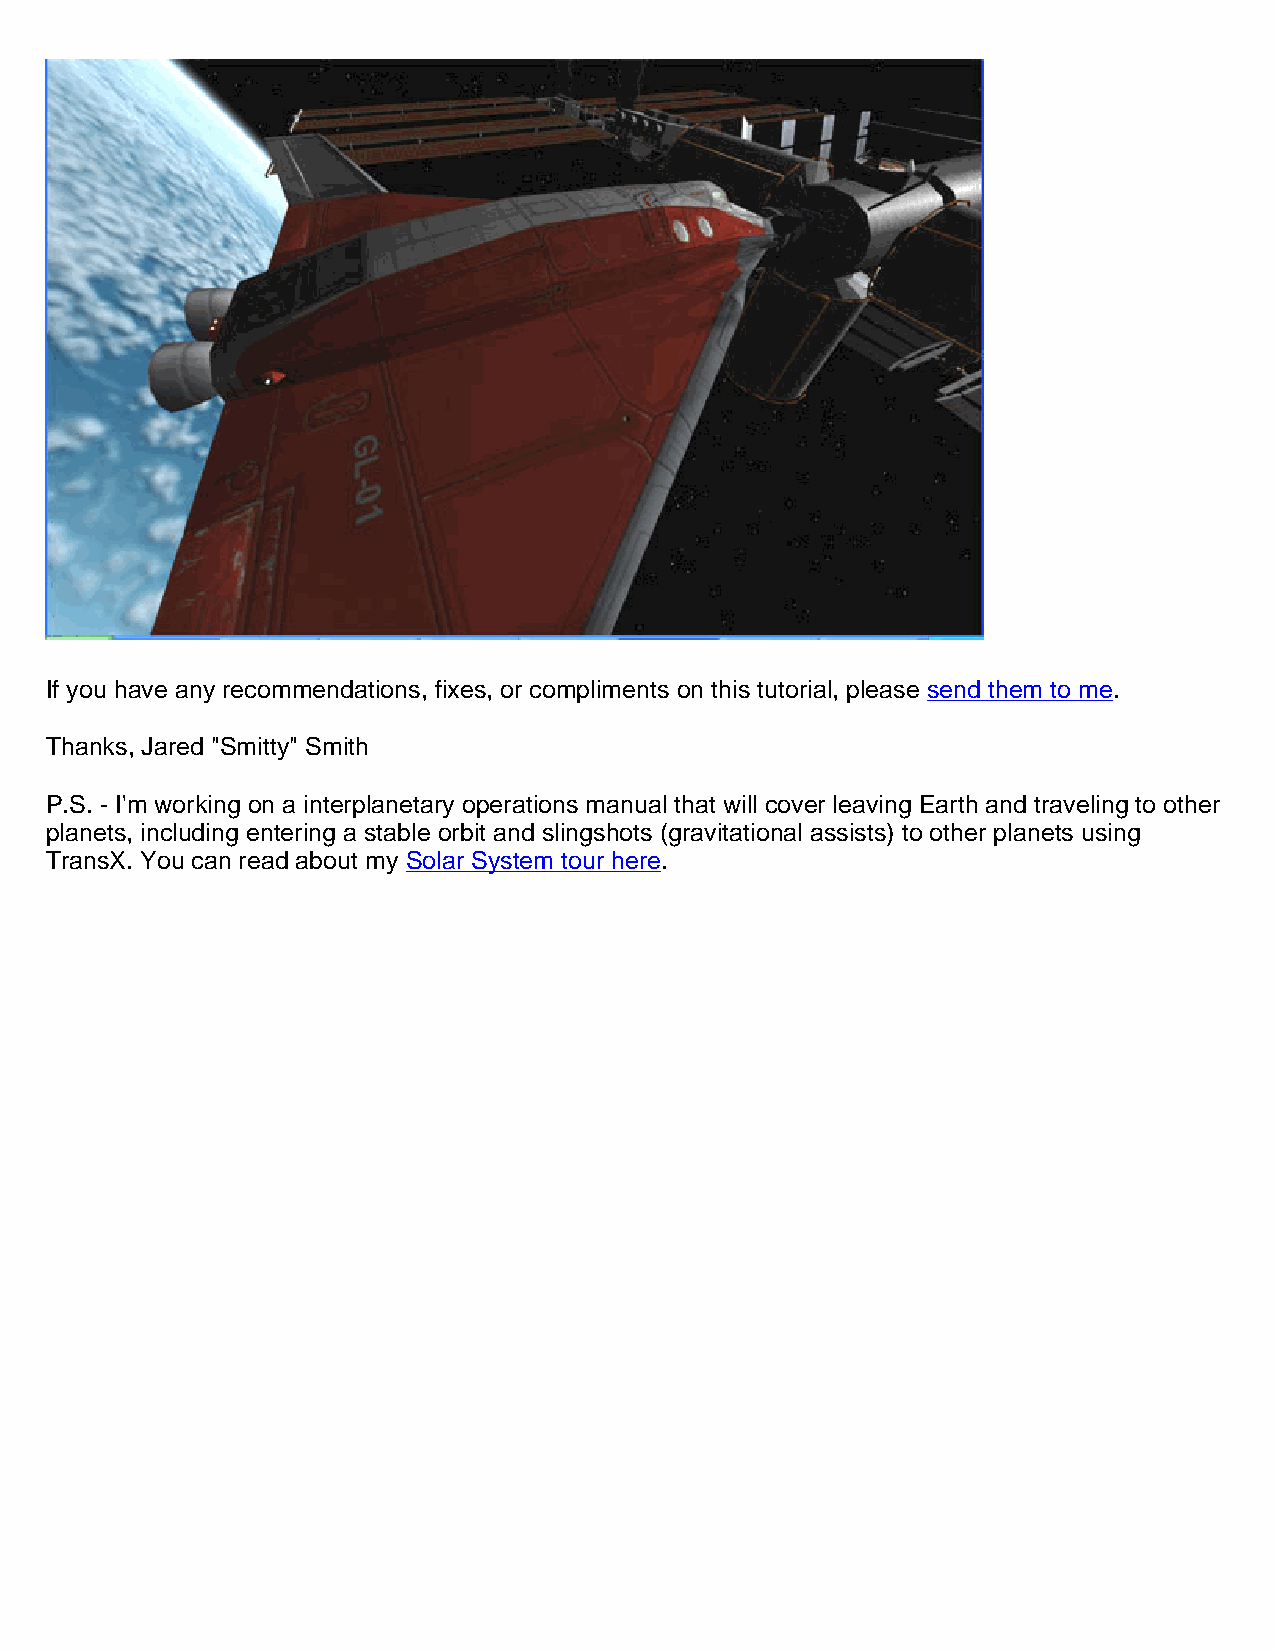
If you have any recommendations, fixes, or compliments on this tutorial, please send them to me.
 Thanks, Jared "Smitty" Smith
 P.S. - I'm working on a interplanetary operations manual that will cover leaving Earth and traveling to other
 planets, including entering a stable orbit and slingshots (gravitational assists) to other planets using
 TransX. You can read about my Solar System tour here.